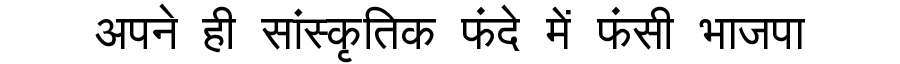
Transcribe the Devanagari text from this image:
अपने ही सांस्कृतिक फंदे में फंसी भाजपा